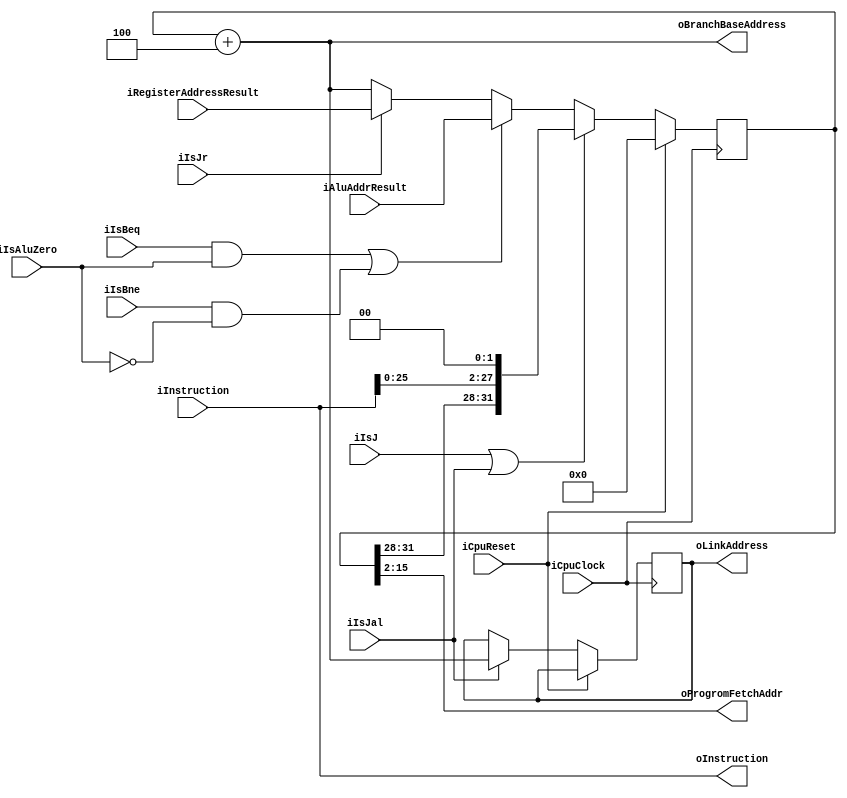
`timescale 1ns / 1ps
//////////////////////////////////////////////////////////////////////////////////
// Company: Southern University of Science and Technology 
// Engineer: 
// 
// Module Name: CPU_TOP
// Project Name: MIPS Single Cycle CPU
// Target Devices: Xilinx Board. Tested on MINISYS.
// Description: 
// 
//////////////////////////////////////////////////////////////////////////////////

module InstructionFetcher(iInstruction,oInstruction,oBranchBaseAddress,iAluAddrResult,iRegisterAddressResult,iIsBeq,iIsBne,iIsJ,iIsJal,iIsJr,iIsAluZero,iCpuClock,iCpuReset,oLinkAddress,oProgromFetchAddr);
    input[31:0] iInstruction;
    output[31:0] oInstruction;			// PCprgrom
    output[31:0] oBranchBaseAddress;      // (pc+4)ALU
    input[31:0]  iAluAddrResult;            // ALU,ALU
    input[31:0]  iRegisterAddressResult;           // Decoderjr
    input        iIsBeq;                // 
    input        iIsBne;               // 
    input        iIsJ;                   // 
    input        iIsJal;                   // 
    input        iIsJr;                   // 
    input        iIsAluZero;                  //ALUZero1
    input        iCpuClock,iCpuReset;           //,PC
    output[31:0] oLinkAddress;             // JALPC+4
    output[13:0] oProgromFetchAddr;        // Progrom


    reg[31:0] dProgramCounter, dNextProgramCounter;
    reg [31:0] dJalPc;

    assign oProgromFetchAddr=dProgramCounter[15:2];
    assign oBranchBaseAddress = dProgramCounter+4;
    assign oLinkAddress = dJalPc;
    assign oInstruction=iInstruction;
    
    // ALU dNextProgramCounter
    always @* begin
        if(((iIsBeq == 1) && (iIsAluZero == 1 )) || ((iIsBne == 1) && (iIsAluZero == 0))) // beq, bne
            dNextProgramCounter = iAluAddrResult; // the calculated new value for dProgramCounter
        else if(iIsJr == 1)
            dNextProgramCounter = iRegisterAddressResult; // the value of $31 register
        else dNextProgramCounter = dProgramCounter+4; // dProgramCounter+4
    end

    // PC
    always @(negedge iCpuClock) begin
        if(iCpuReset == 1)
            dProgramCounter <= 32'h0000_0000; // 
        else begin
            if(iIsJal==1)   begin
                dJalPc = dProgramCounter+4; // Jal JalPc 
            end
            if((iIsJ == 1) || (iIsJal == 1)) begin // JalJJ
                dProgramCounter <= {dProgramCounter[31:28], iInstruction[25:0],2'b00}; // PC
            end
            //always dNextProgramCounter PC
            else dProgramCounter <= dNextProgramCounter; 
        end
    end
endmodule